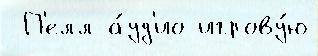
 П'елл а́уд'ио игрову́ю